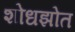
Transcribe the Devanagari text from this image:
शोधझोत